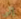
إلى